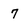
Character: 7